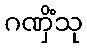
ဂဏှိံသု